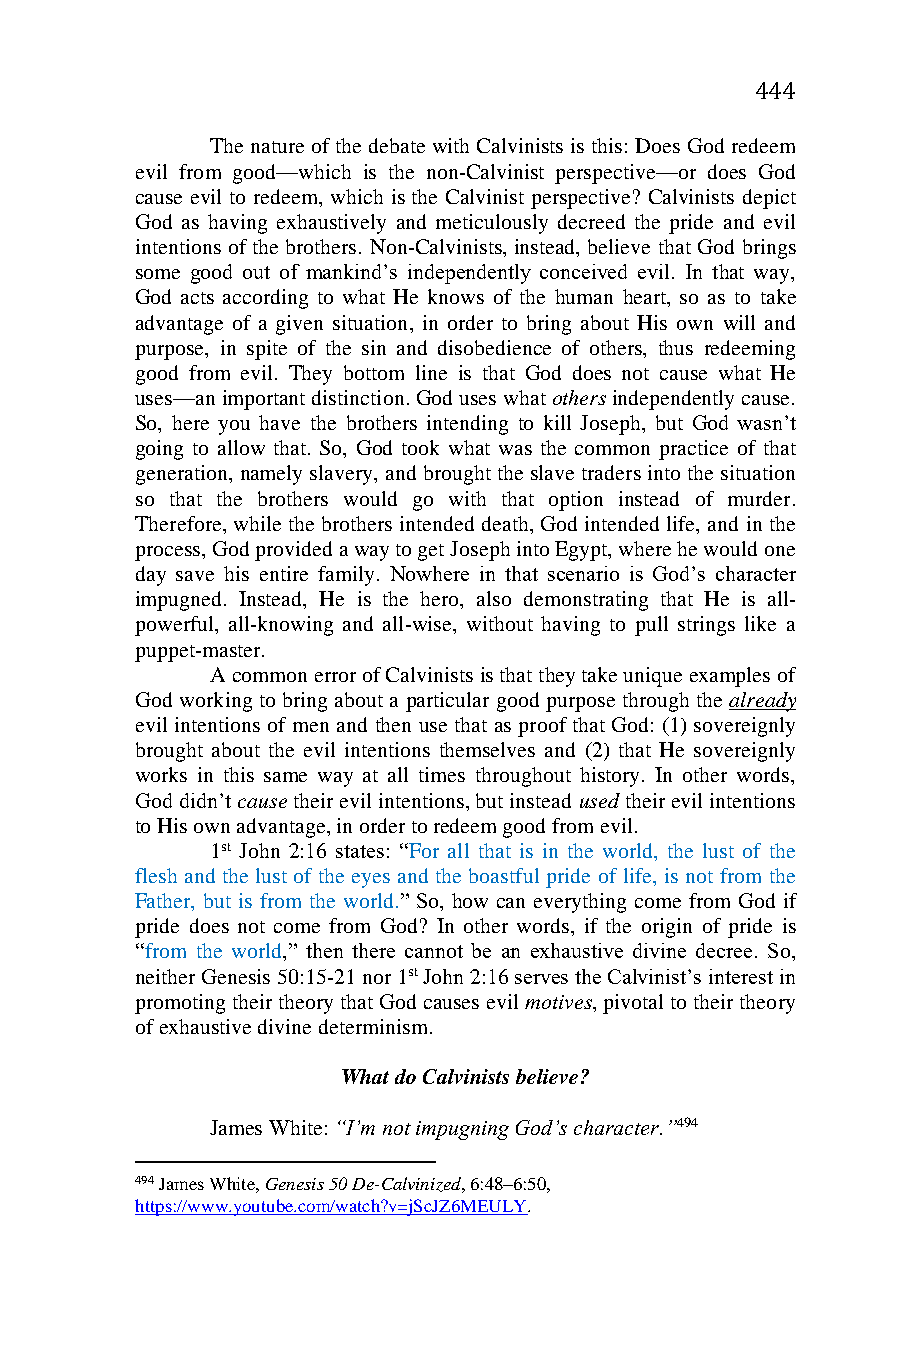
444
 The nature of the debate with Calvinists is this: Does God redeem
 evil from good—which is the non-Calvinist perspective—or does God
 cause evil to redeem, which is the Calvinist perspective? Calvinists depict
 God as having exhaustively and meticulously decreed the pride and evil
 intentions of the brothers. Non-Calvinists, instead, believe that God brings
 some good out of mankind’s independently conceived evil. In that way,
 God acts according to what He knows of the human heart, so as to take
 advantage of a given situation, in order to bring about His own will and
 purpose, in spite of the sin and disobedience of others, thus redeeming
 good from evil. They bottom line is that God does not cause what He
 uses—an important distinction. God uses what others independently cause.
 So, here you have the brothers intending to kill Joseph, but God wasn’t
 going to allow that. So, God took what was the common practice of that
 generation, namely slavery, and brought the slave traders into the situation
 so that the brothers would go with that option instead of murder.
 Therefore, while the brothers intended death, God intended life, and in the
 process, God provided a way to get Joseph into Egypt, where he would one
 day save his entire family. Nowhere in that scenario is God’s character
 impugned. Instead, He is the hero, also demonstrating that He is all-
 powerful, all-knowing and all-wise, without having to pull strings like a
 puppet-master.
 A common error of Calvinists is that they take unique examples of
 God working to bring about a particular good purpose through the already
 evil intentions of men and then use that as proof that God: (1) sovereignly
 brought about the evil intentions themselves and (2) that He sovereignly
 works in this same way at all times throughout history. In other words,
 God didn’t cause their evil intentions, but instead used their evil intentions
 to His own advantage, in order to redeem good from evil.
 1st John 2:16 states: “For all that is in the world, the lust of the
 flesh and the lust of the eyes and the boastful pride of life, is not from the
 Father, but is from the world.” So, how can everything come from God if
 pride does not come from God? In other words, if the origin of pride is
 “from the world,” then there cannot be an exhaustive divine decree. So,
 neither Genesis 50:15-21 nor 1st John 2:16 serves the Calvinist’s interest in
 promoting their theory that God causes evil motives, pivotal to their theory
 of exhaustive divine determinism.
 What do Calvinists believe?
 James White: “I’m not impugning God’s character.”494
 494 James White, Genesis 50 De-Calvinized, 6:48–6:50,
 https://www.youtube.com/watch?v=jScJZ6MEULY.